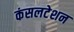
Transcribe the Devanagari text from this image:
कंसलटेशन